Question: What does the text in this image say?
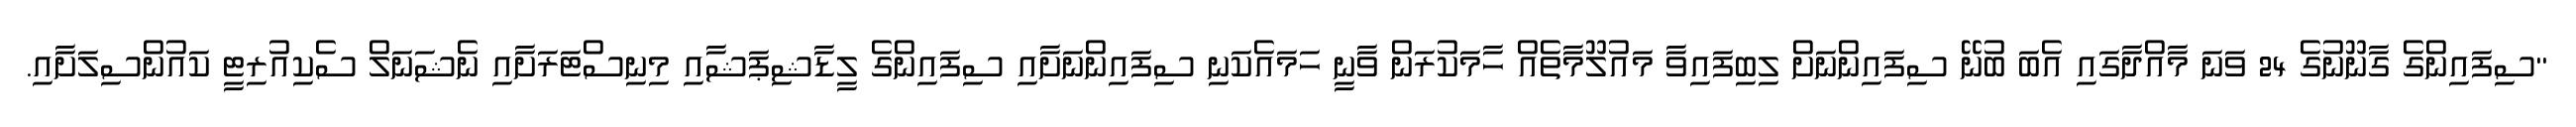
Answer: "ސިފައިންގެ ގާނޫނުގެ 24 ވަނަ މާއްދާގައި އެބަ ބުނޭ ސިފައިންނަށް ލިބިފައިވާ މައުލޫމާތެއް ހާމަކުރަން ވާނީ ހަމައެކަނި ސިފައިންނަށާއި ސިފައިންގެ ލީޑާޝިޕަޝާއި މިނިސްޓަރަށާއި ނެޝަނަލް ސެކިއުރިޓީ ކައުންސިލަށާއި.